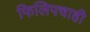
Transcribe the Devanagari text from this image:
फिलिपचाही